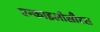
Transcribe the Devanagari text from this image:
एन्काइलोसौरस